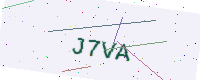
Text: J7VA